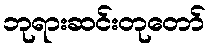
ဘုရားဆင်းတုတော်